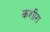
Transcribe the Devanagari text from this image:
कशीरा